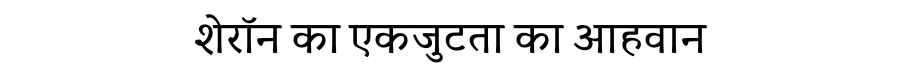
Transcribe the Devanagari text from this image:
शेरॉन का एकजुटता का आहवान